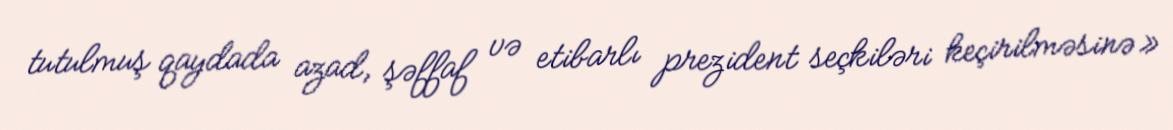
tutulmuş qaydada azad, şəffaf və etibarlı prezident seçkiləri keçirilməsinə»